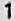
1